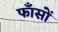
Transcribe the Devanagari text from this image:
फाँसों